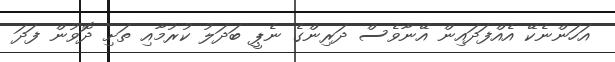
އަހަންނެކޭ އެއްފަދައިން އޭނާވެސް ދަރިންގެ ނެޕީ ބަދަލު ކުރުމާއި ތަށި ދޮވުން ފަދަ